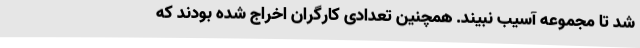
شد تا مجموعه آسیب نبیند. همچنین تعدادی کارگران اخراج شده بودند که